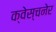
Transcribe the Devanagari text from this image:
क्वेस्चनेर